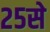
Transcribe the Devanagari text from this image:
२५से